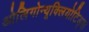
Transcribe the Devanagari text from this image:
ओलिगोन्यूक्लियोटिड्स